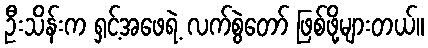
ဦးသိန်းက ရှင့်အဖေရဲ့ လက်စွဲတော် ဖြစ်ဖို့များတယ်။